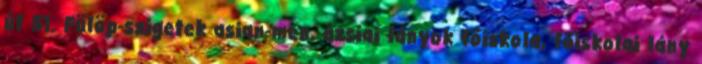
út 51. Fülöp-szigetek asian-men, ázsiai lányok főiskola, főiskolai lány